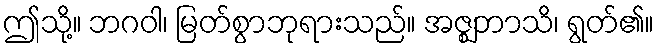
ဤသို့။ ဘဂဝါ၊ မြတ်စွာဘုရားသည်။ အဇ္ဈဘာသိ၊ ရွတ်၏။